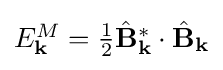
{\textstyle E_{\mathbf {k} }^{M}={\frac {1}{2}}{\hat {\mathbf {B} }}_{\mathbf {k} }^{*}\cdot {\hat {\mathbf {B} }}_{\mathbf {k} }}